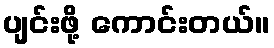
ပျင်းဖို့ ကောင်းတယ်။